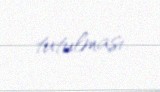
tutulması.